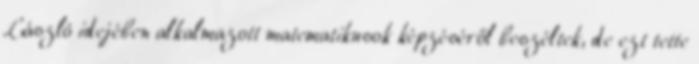
László idejében alkalmazott matematikusok képzéséről beszéltek, de ezt tette